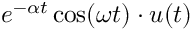
e ^ { - \alpha t } \cos ( \omega t ) \cdot u ( t )